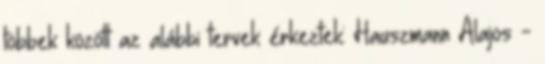
többek között az alábbi tervek érkeztek: Hauszmann Alajos -